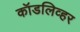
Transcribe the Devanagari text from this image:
कॉडलिव्हर